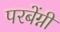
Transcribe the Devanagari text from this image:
परबेंग्नी